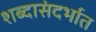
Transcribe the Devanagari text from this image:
शब्दासंदर्भात